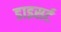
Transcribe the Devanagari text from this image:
डाइसर्ट